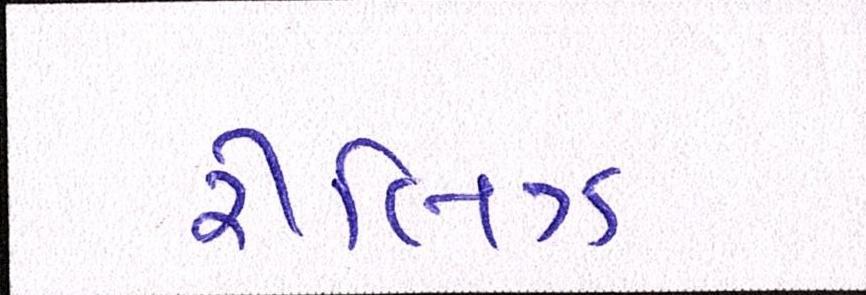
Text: રીલિઝ